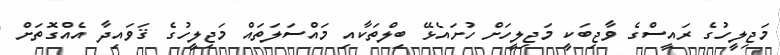
މަޖިލީހުގެ ރައީސްގެ ވާޖިބަކީ މަޖިލީހަށް ހުށައެޅޭ ބިލްތަކާއި މައްސަލަތައް މަޖިލީހުގެ ޤަވައިދާ އެއްގޮތަށް